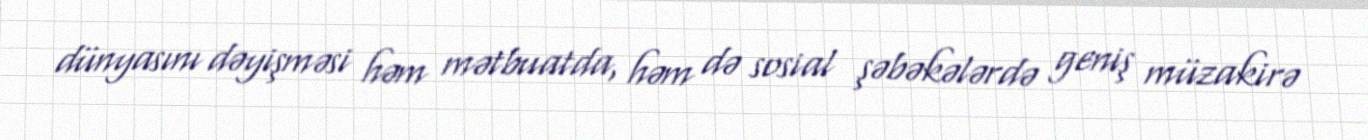
dünyasını dəyişməsi həm mətbuatda, həm də sosial şəbəkələrdə geniş müzakirə